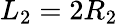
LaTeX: L_{2}=2R_{2}